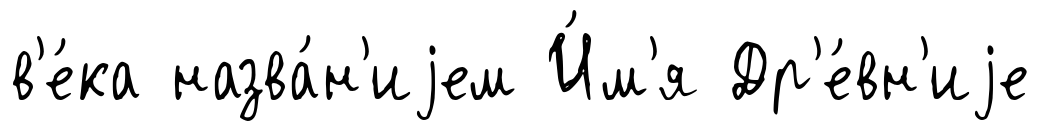
в'е́ка назва́н'иjем И́м'я Др'е́вн'иjе